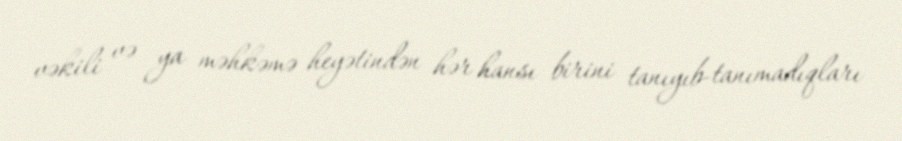
vəkili və ya məhkəmə heyətindən hər hansı birini tanıyıb-tanımadıqları